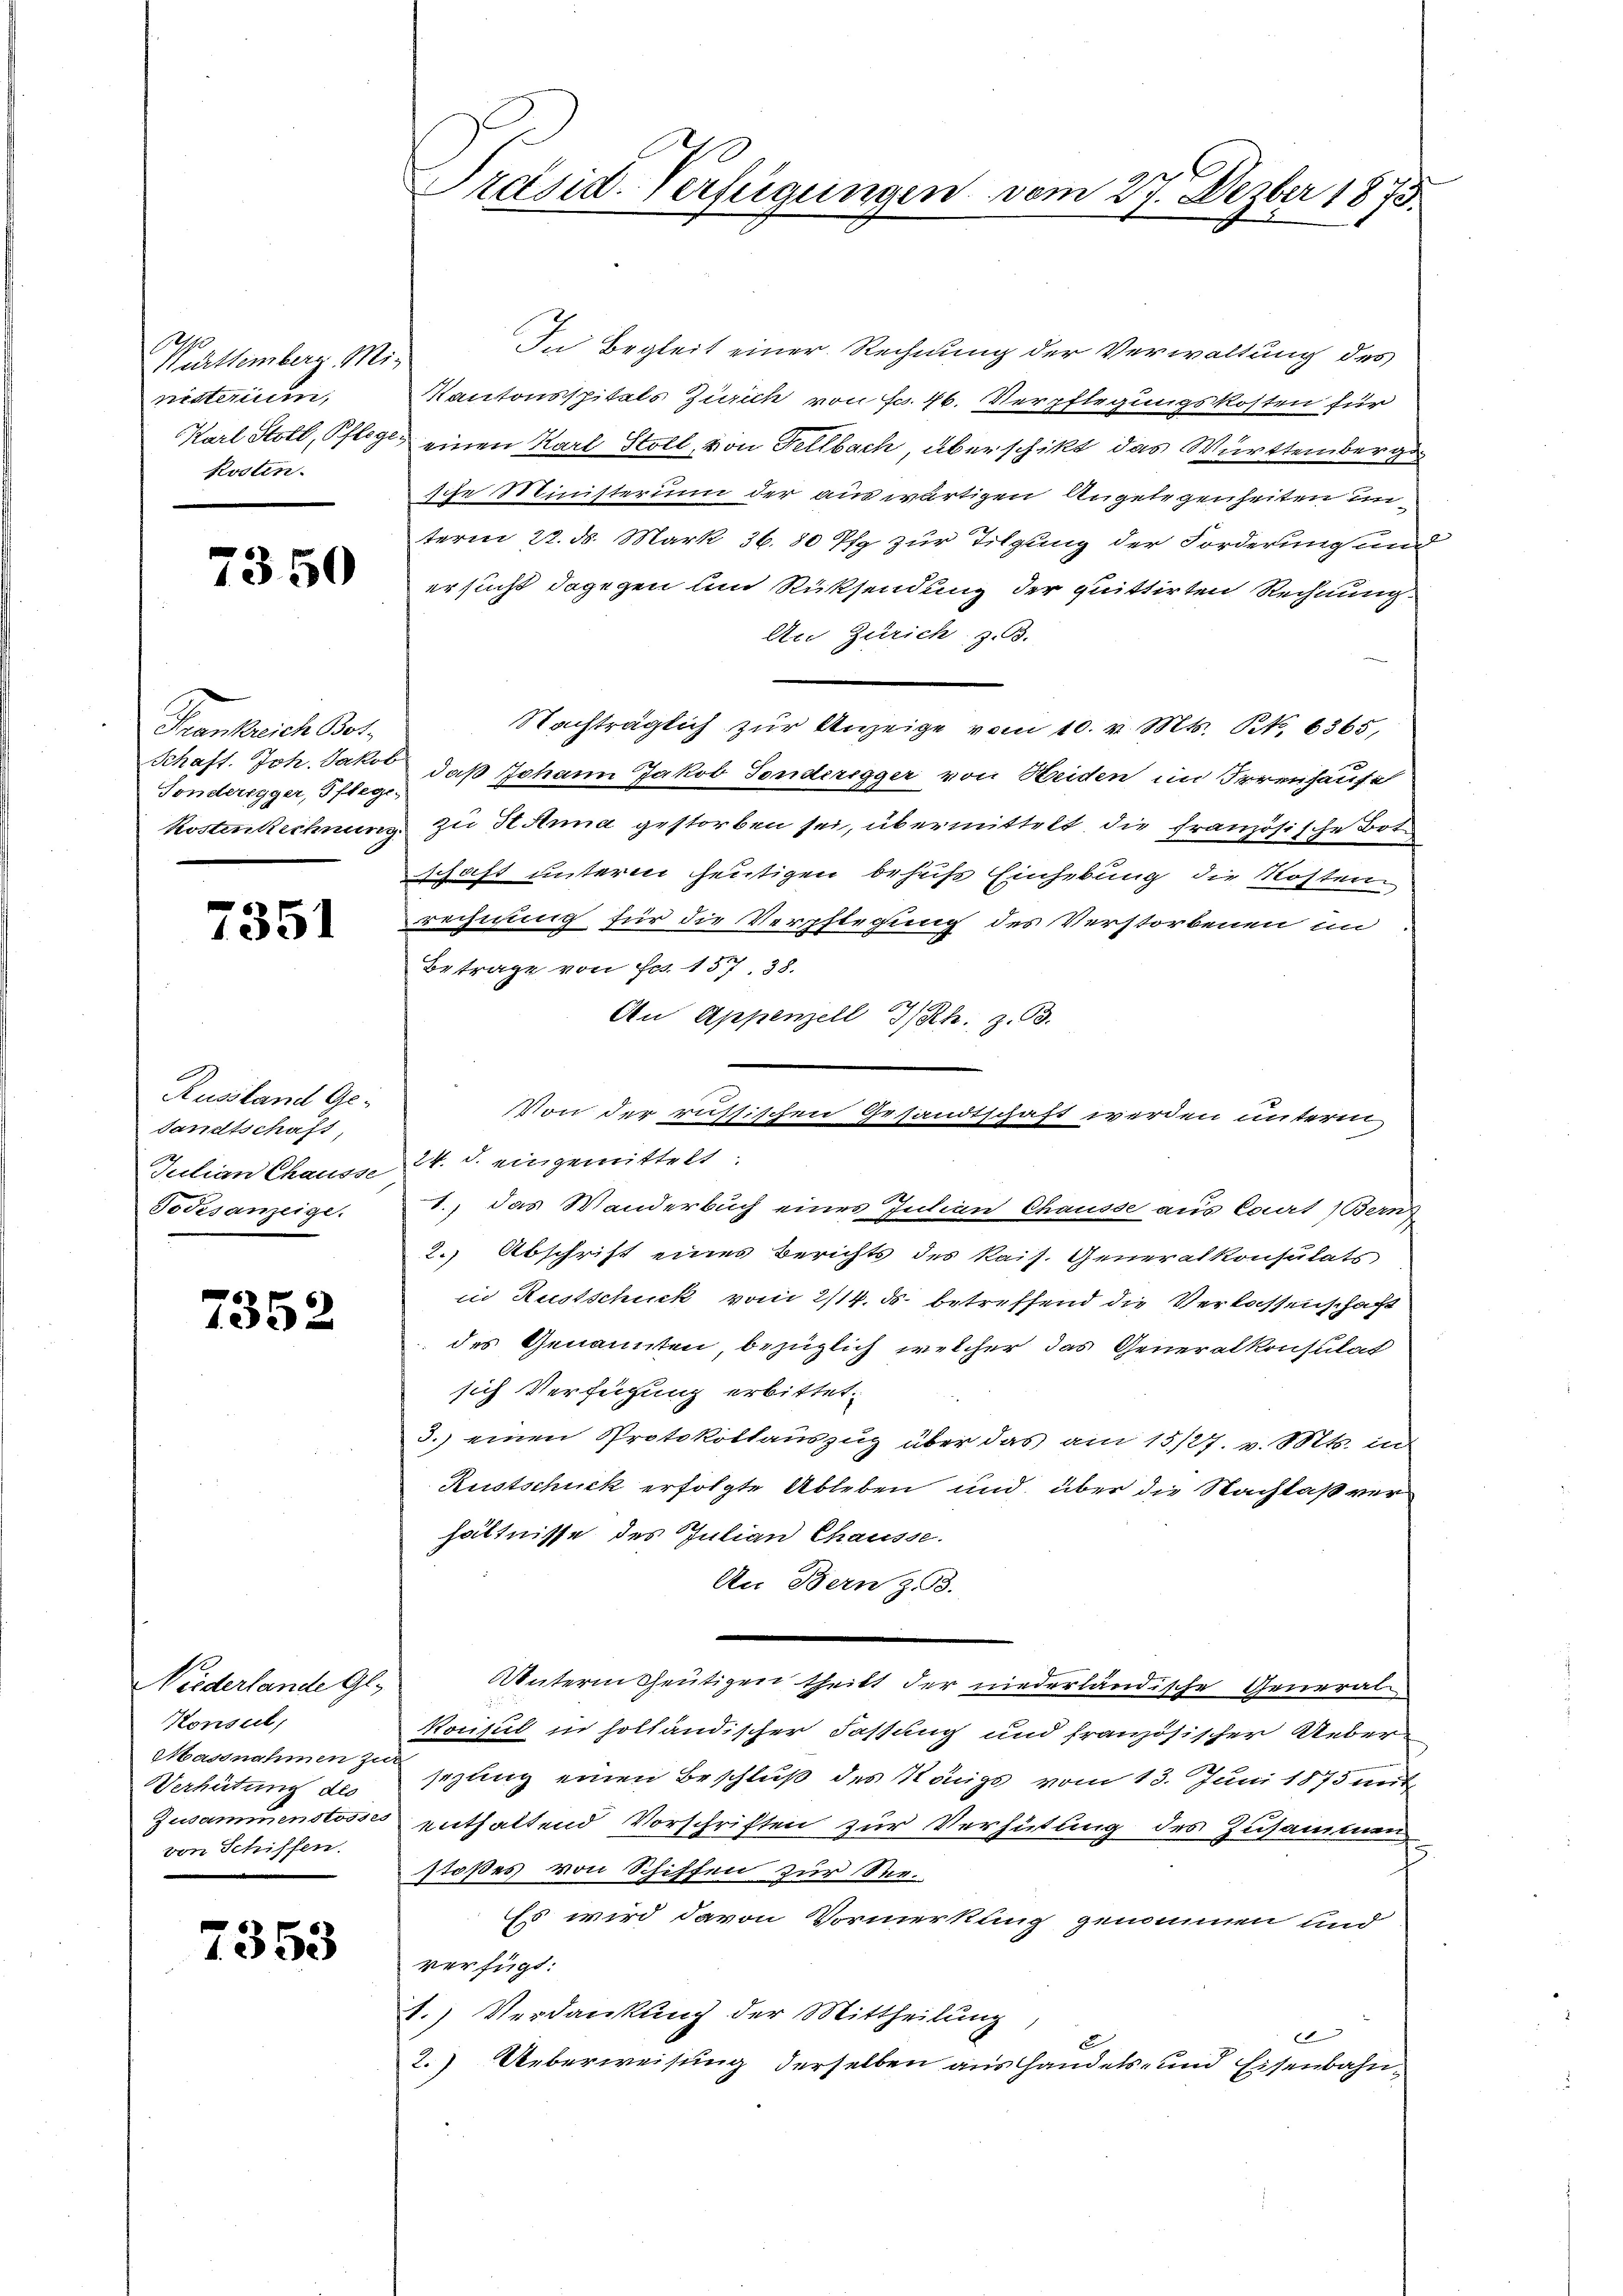
Württemberg. Ministerium,
kosten.

7350

Frankreich Bol
Sonderegger, Pflege-

7351

Russland Ge-
sandtschaft,
Todesanzeige.

7352

Niederlande Gl.
Konsul,
Massnahmen zur
Verhütung des
von Schiffen.

7353

In Begleit einer Rechnung der Verwaltung des
Kantonsspitals Zürich von Fr. 46. Verpflegungskosten für
Karl Stoll, Pfleges einen Karl Stoll, von Fellbach, überschikt das Württemberges
sche Ministerium der auswärtigen Angelegenheiten unterm 22. d. Mark 36. 80 Pf zur Tilgung der Forderung und
ersucht dagegen und Rücksendung der quittirten Rechnung
An Zürich, z.B.
Nachträglich zur Anzeige vom 10. v. Mts. S. 6365,
Schaft. Joh. Jakob, daß Johann Jakob Sonderegger von Heiden im Irrenhause
Kostenrechnung zu Anna gestorben sei, übermittelt, die französische Bote
schaft unterm heutigen behufs Einhebung die Kosten
Brechnung für die Verpflegung des Verstorbenen im
Betrage von Fr. 157. 38.
An Appenzell I/Rh. z. B.
Von der russischen Gesandtschaft werden unterm
Julian Chausse 24. d. eingemittelt.
1.) Das Wanderbuch eines Intian Chausse aus Court) Berns
2.) Abschrift eines Berichts des kais. Generalkonsulats
in Rustschuck vom 2/14. ds. betreffend die Verlassenschaft
des Genannten, bezüglich welcher das Generalkonsulat
sich Verfügung erbittet.
3.) einen Protokollauszug über das am 15/27. v. Mts. in
Rustschuck erfolgte Ableben und über die Nachlaß verhältnisse des Julian Chausse.
An Bern z. B.
Unterm heutigen theilt der niederländische General-
Konsul in holländischer Fassung und französischer Uebersezung einen Beschluß des Königs vom 13. Juni 1875 weit
Zusammenstosses enthaltend Vorschriften zur Verhütung des Zusammen
stoßes von Schiffen zur See-
Es wird davon Vormerkung genommen und
verfügt:
1.) Verdankung der Mittheilung,
1
2.) Ueberweisung derselben aus handels- und Eisenbahn-

Präsid.-Verfügungen vom 27. Dezbr 1873.